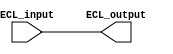
module ECL_Buffer (
    input wire ECL_input,
    output reg ECL_output
);

// Input stage with ECL logic levels
assign ECL_output = ECL_input;

// Input impedance matching for noise reduction

// High-speed output stage with ECL-compatible levels
always @(posedge clk) begin
    // Drive external loads here
end

// Signal conditioning and fan-out capabilities
// Implement signal conditioning and fan-out logic here

endmodule